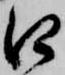
口